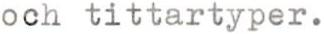
och tittartyper.